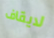
لايقاف